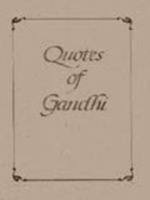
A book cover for Quotes of Gandhi; Shalu Bhalla; Religion & Spirituality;